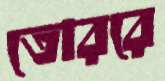
তোররে